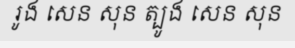
រូង សេន សុន ត្បូង សេន សុន